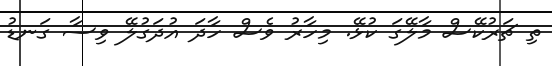
ތި ޗަރުކޭސް މާލޭގަ ކުޅޭ. މިހާރު ވެސް ހާދަ އުދަގުލޭ ވިސާ ގަނޑު